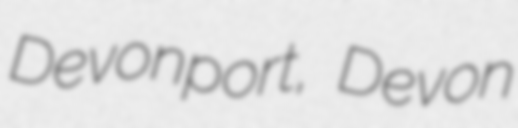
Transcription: Devonport, Devon